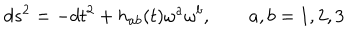
d s ^ { 2 } = - d t ^ { 2 } + h _ { a b } ( t ) \omega ^ { a } \omega ^ { b } , \qquad a , b = 1 , 2 , 3